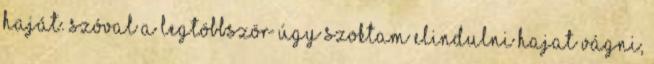
haját. Szóval a legtöbbször úgy szoktam elindulni hajat vágni,